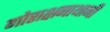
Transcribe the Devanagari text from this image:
गोराक्षनाथानी